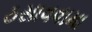
ઠસાવવામા